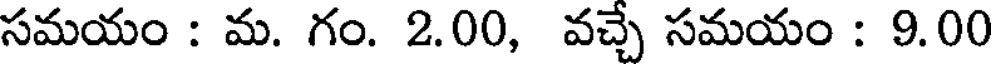
సమయం : మ. గం. 2.00, వచ్చే సమయం : 9.00